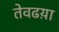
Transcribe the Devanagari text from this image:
तेवढय़ा